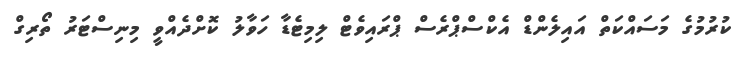
ކުރުމުގެ މަސައްކަތް އައިލެންޑް އެކްސްޕްރެސް ޕްރައިވެޓް ލިމިޓެޑާ ހަވާލު ކޮށްދެއްވީ މިނިސްޓަރު ތޯރިގް